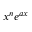
x ^ { n } e ^ { a x }